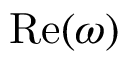
\mathrm { R e } ( \omega )